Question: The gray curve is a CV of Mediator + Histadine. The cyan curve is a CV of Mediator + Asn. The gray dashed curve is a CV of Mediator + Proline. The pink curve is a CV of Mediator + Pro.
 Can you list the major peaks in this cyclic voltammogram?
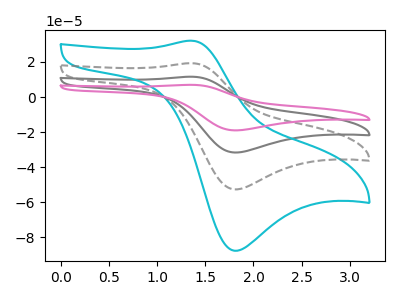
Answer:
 <answer>The gray curve "Mediator + Histadine" has an anodic peak at (1.35V, 38.60uA) and a cathodic peak at (1.80V, -105.40uA). The cyan curve "Mediator + Asn" has an anodic peak at (1.35V, 32.10uA) and a cathodic peak at (1.80V, -87.75uA). The gray dashed curve "Mediator + Proline" has an anodic peak at (1.35V, 19.30uA) and a cathodic peak at (1.80V, -52.70uA). The pink curve "Mediator + Pro" has an anodic peak at (1.35V, 57.90uA) and a cathodic peak at (1.80V, -158.10uA).</answer>
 <eval></eval>